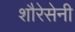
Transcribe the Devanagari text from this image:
शौरेसेनी